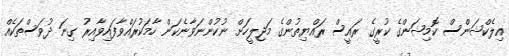
އިލެކްޝަންސް ކޮމިޝަންގެ ކުރީގެ ރައީސް ރައްޔިތުންގެ މަޖިލީހަށް ނުކުންނަވާނެކަން ހާމަކުރައްވާފައިވާއިރު ގިނަ ދުވަސްތަކެއް